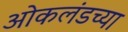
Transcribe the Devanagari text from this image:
ओकलंडच्या